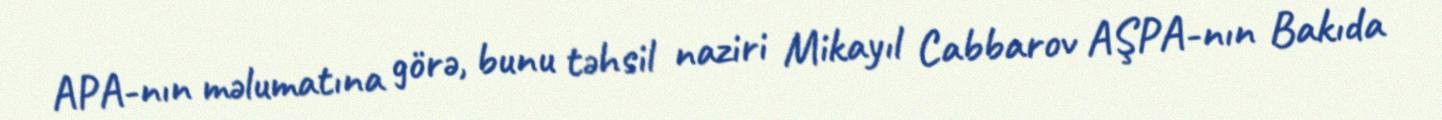
APA-nın məlumatına görə, bunu təhsil naziri Mikayıl Cabbarov AŞPA-nın Bakıda